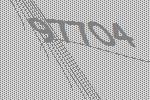
97704